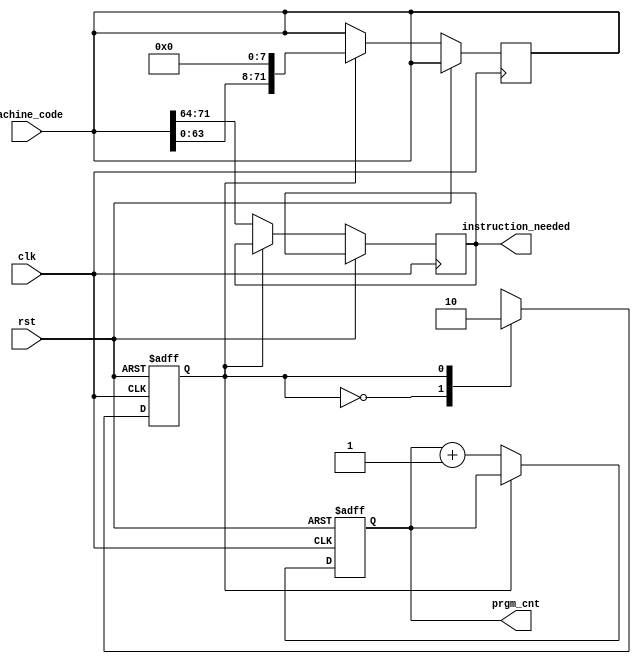
module instruction_mem(machine_code,clk,rst,instruction_needed,prgm_cnt);

input [71:0] machine_code;
input clk,rst;
output reg [7:0]instruction_needed;
output reg [3:0] prgm_cnt;
reg  state;

reg [71:0] machine_code_temp,machine_code_temp1,machine_code_temp2,machine_code_temp3,machine_code_temp4,machine_code_temp5,machine_code_temp6,machine_code_temp7;

always @*
begin
machine_code_temp=machine_code;
end
always @(posedge clk or posedge rst)
begin
if(rst) 
  begin
 state<=0;
  prgm_cnt<=0;
  
  end
else
  begin

    case(state)
	
0: begin    instruction_needed<=machine_code_temp[71:64];
    

	prgm_cnt<=prgm_cnt+1;
	state<=1;
	end
	
1: begin
   machine_code_temp<=machine_code_temp<<8;
   state<=0;
   end
	
	
endcase

	

  end
end
endmodule